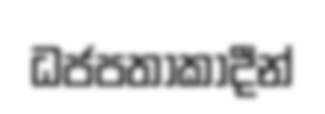
ධජපතාකාදීන්